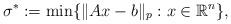
LaTeX: \begin{align*}\sigma^*:=\min\{\|Ax-b\|_p: x\in\mathbb{R}^n\}, \end{align*}